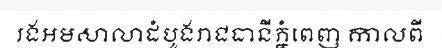
រងអមសាលាដំបូងរាជធានីភ្នំពេញ កាលពី